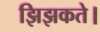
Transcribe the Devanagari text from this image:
झिझकते।